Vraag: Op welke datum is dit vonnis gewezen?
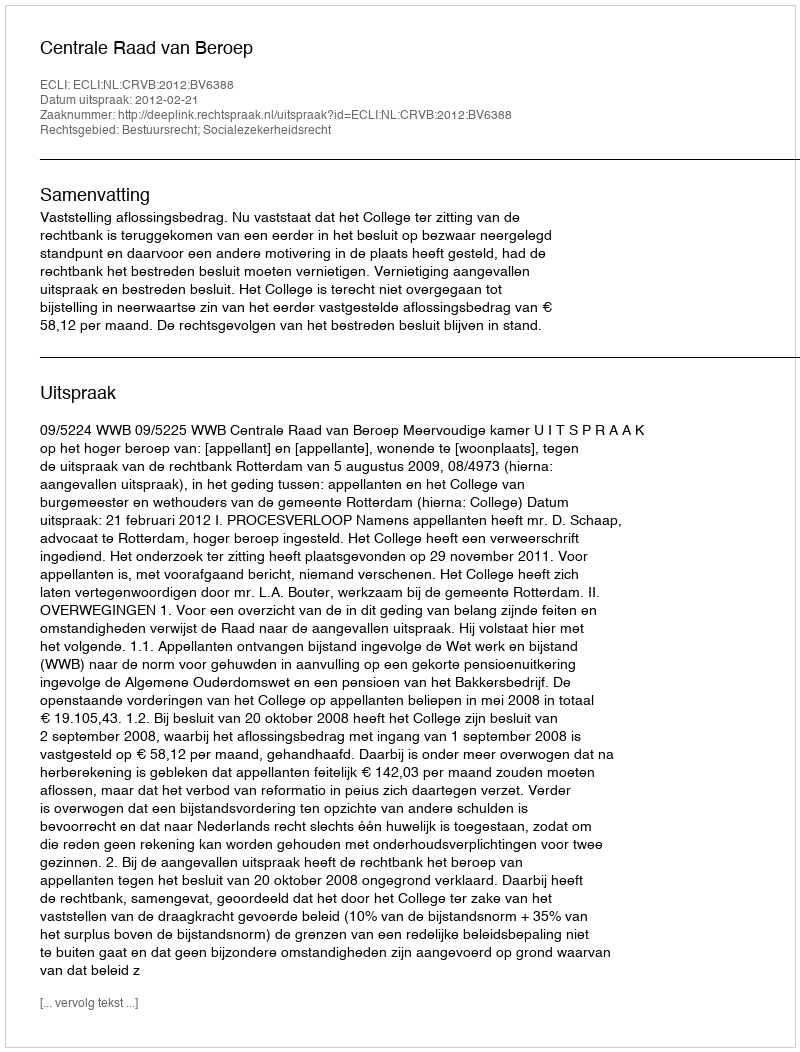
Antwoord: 2012-02-21